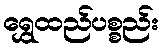
ရွှေထည်ပစ္စည်း